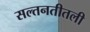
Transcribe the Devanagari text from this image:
सल्तनतीतली